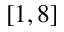
[ 1 , 8 ]